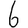
Digit: 6